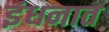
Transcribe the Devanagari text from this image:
इंधनात